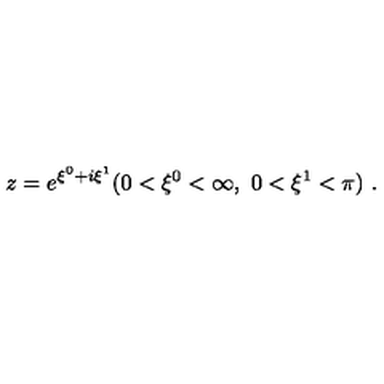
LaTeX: z = e ^ { \xi ^ { 0 } + i \xi ^ { 1 } } ( 0 < \xi ^ { 0 } < \infty , \ 0 < \xi ^ { 1 } < \pi ) \ .